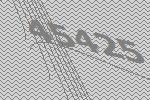
45425